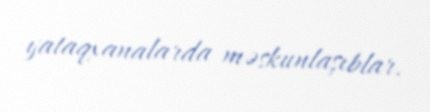
yataqxanalarda məskunlaşıblar.